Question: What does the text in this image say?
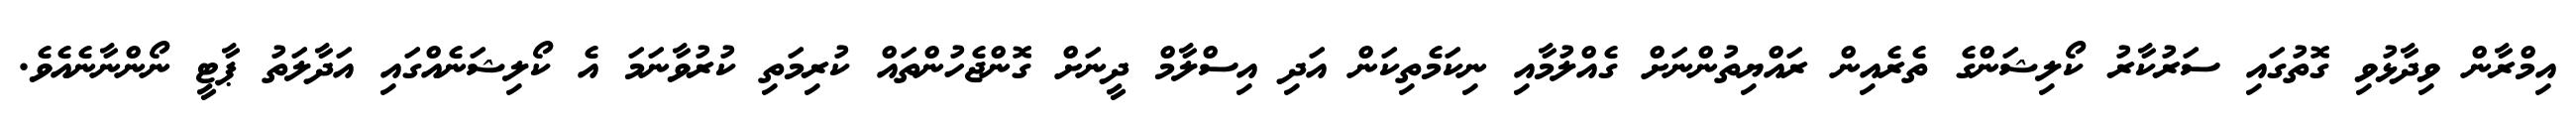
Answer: އިމްރާން ވިދާޅުވި ގޮތުގައި ސަރުކާރު ކޯލިޝަންގެ ތެރެއިން ރައްޔިތުންނަށް ގެއްލުމާއި ނިކަމެތިކަން އަދި އިސްލާމް ދީނަށް ގޮންޖެހުންތައް ކުރިމަތި ކުރުވާނަމަ އެ ކޯލިޝަނެއްގައި އަދާލަތު ޕާޓީ ނޯންނާނެއެވެ.